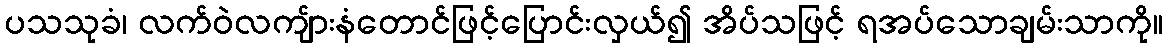
ပသသုခံ၊ လက်ဝဲလကျ်ားနံတောင်ဖြင့်ပြောင်းလှယ်၍ အိပ်သဖြင့် ရအပ်သောချမ်းသာကို။